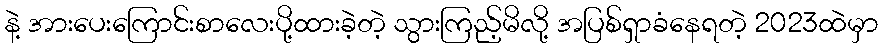
နဲ့ အားပေးကြောင်းစာလေးပို့ထားခဲ့တဲ့ သွားကြည့်မိလို့ အပြစ်ရှာခံနေရတဲ့ 2023ထဲမှာ